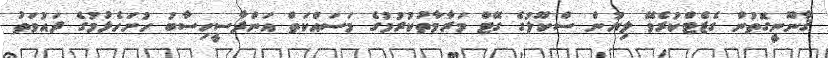
ޤާނޫނީގޮތުން ގެޒެޓްކުރެވޭ ލިޔުން ސްކޫލުގެ ގޭޓް މަރާމާތުކުރުމުގެ މަސައްކަތް އަންދާސީހިސާބު ހުށަހެޅުމުގެ ދައުވަތު